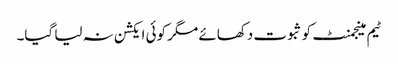
ٹیم مینجمنٹ کو ثبوت دکھائے مگر کوئی ایکشن نہ لیا گیا۔